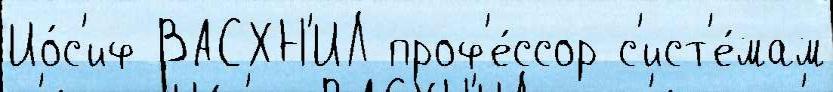
Ио́с'иф ВАСХН'ИЛ проф'е́ссор с'ист'е́мам